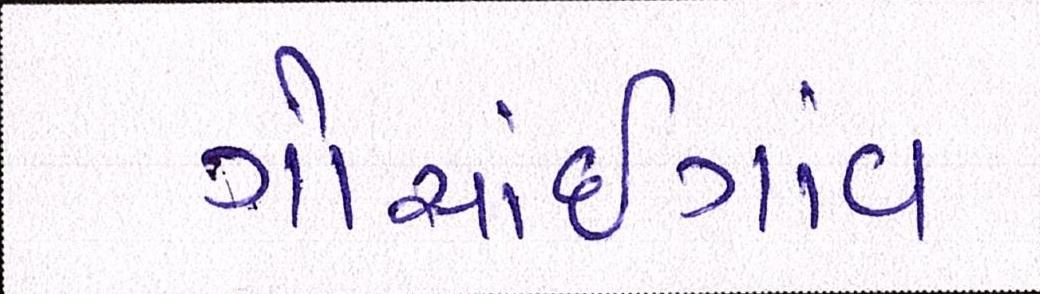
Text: ગોસાંઇગાંવ